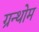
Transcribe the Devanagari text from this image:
ग्रन्थोम